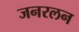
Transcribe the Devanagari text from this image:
जनरलन